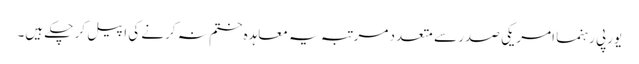
یورپی رہنما امریکی صدر سے متعدد مرتبہ یہ معاہدہ ختم نہ کرنے کی اپیل کر چکے ہیں۔